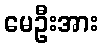
မေဦးအား